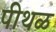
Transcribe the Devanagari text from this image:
पीथळ